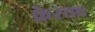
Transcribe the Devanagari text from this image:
क्रैस्तव